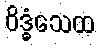
ဝိဒ္ဓံသေထ